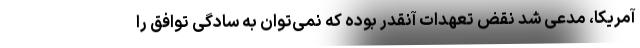
آمریکا، مدعی شد نقض تعهدات آنقدر بوده که نمی‌توان به سادگی توافق را